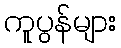
ကူပွန်များ